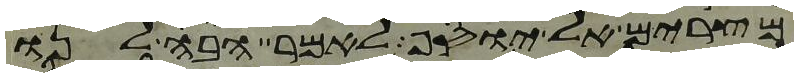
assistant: מצרים אל יוסף לאמר הבה לנו